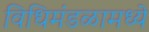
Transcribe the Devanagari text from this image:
विधिमंडळामध्‍ये